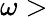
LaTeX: \omega>